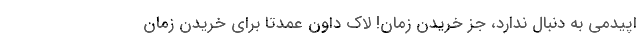
اپیدمی به دنبال ندارد، جز خریدن زمان! لاک داون عمدتا برای خریدن زمان